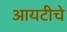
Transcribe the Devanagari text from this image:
आयटीचे